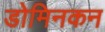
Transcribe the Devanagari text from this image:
डोमिनकन